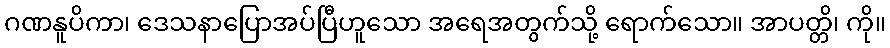
ဂဏနူပိကာ၊ ဒေသနာပြောအပ်ပြီဟူသော အရေအတွက်သို့ ရောက်သော။ အာပတ္တိ၊ ကို။